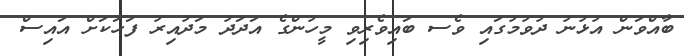
ބާއްވަން އުޅުނު ދުވުމުގައި ވެސ ބައިވެރިވި މީހުންގެ އަދަދު މަދުއިރު ފަހަކަށް އައިސް